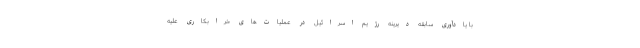
با یادآوری سابقه دیرینه رژیم اسرائیل در عملیات‌های خرابکاری علیه